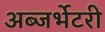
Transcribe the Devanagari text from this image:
अब्जर्भेटरी